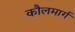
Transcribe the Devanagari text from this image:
कौलमार्ग